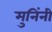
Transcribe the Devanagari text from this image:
मुनिंनी